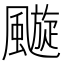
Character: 𩘶